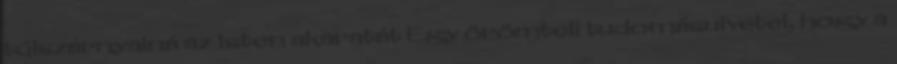
túlszárnyalná az Isten akaratát Egy örömteli tudomásulvétel, hogy a